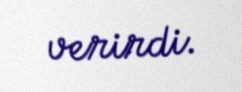
verirdi.